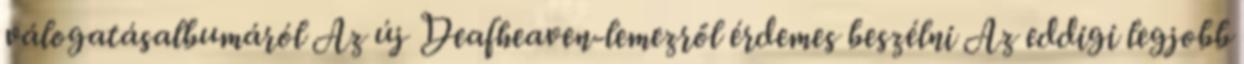
válogatásalbumáról Az új Deafheaven-lemezről érdemes beszélni Az eddigi legjobb